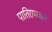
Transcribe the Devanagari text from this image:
पातिरामणल